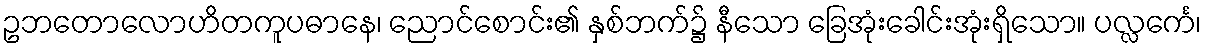
ဥဘတောလောဟိတကူပဓာနေ၊ ညောင်စောင်း၏ နှစ်ဘက်၌ နီသော ခြေအုံးခေါင်းအုံးရှိသော။ ပလ္လင်္ကေ၊